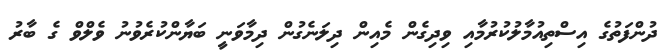
ދުންފަތުގެ އިސްތިއުމާލުކުރުމާއި ވިދިގެން މެއިން ދިލަނެގުން ދިމާވަނީ ބަޔާންކުރެވުނު ވެލްވް ގެ ބާރު